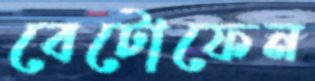
বেটোফেন